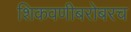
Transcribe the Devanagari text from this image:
शिकवणीबरोबरच